Plague in India, 1896, 1897 - Volume 1
Year: 1896
Disease focus: Plague
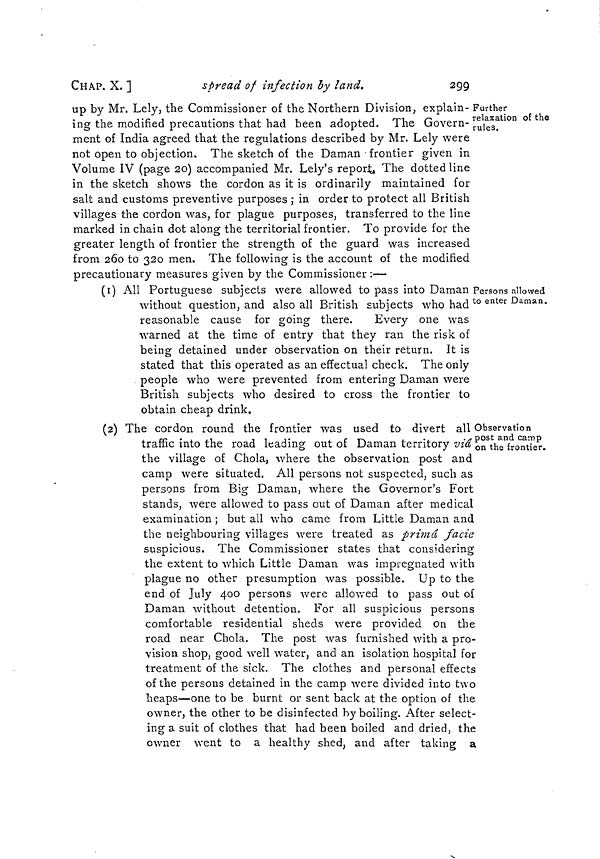
CHAP. X. ]
spread of infection by land.
299
Further
relaxation of the
rules.
up by Mr. Lely, the Commissioner of the Northern Division, explain-
ing the modified precautions that had been adopted. The Govern-
ment of India agreed that the regulations described by Mr. Lely were
not open to objection. The sketch of the Daman frontier given in
Volume IV (page 20) accompanied Mr. Lely's report. The dotted line
in the sketch shows the cordon as it is ordinarily maintained for
salt and customs preventive purposes ; in order to protect all British
villages the cordon was, for plague purposes, transferred to the line
marked in chain dot along the territorial frontier. To provide for the
greater length of frontier the strength of the guard was increased
from 260 to 320 men. The following is the account of the modified
precautionary measures given by the Commissioner :—
Persons allowed
to enter Daman.
(1) All Portuguese subjects were allowed to pass into Daman ]
without question, and also all British subjects who had
reasonable cause for going there.
Every one was
warned at the time of entry that they ran the risk of
being detained under observation on their return. It is
stated that this operated as an effectual check. The only
people who were prevented from entering Daman were
British subjects who desired to cross the frontier to
obtain cheap drink.
Observation
post and camp
on the frontier.
(2) The cordon round the frontier was used to divert all
traffic into the road leading out of Daman territory viâ
the village of Chola, where the observation post and
camp were situated. All persons not suspected, such as
persons from Big Daman, where the Governor's Fort
stands, were allowed to pass out of Daman after medical
examination ; but all who came from Little Daman and
the neighbouring villages were treated as primâ facie
suspicious. The Commissioner states that considering
the extent to which Little Daman was impregnated with
plague no other presumption was possible. Up to the
end of July 400 persons were allowed to pass out of
Daman without detention. For all suspicious persons
comfortable residential sheds were provided on the
road near Chola. The post was furnished with a pro-
vision shop, good well water, and an isolation hospital for
treatment of the sick. The clothes and personal effects
of the persons detained in the camp were divided into two
heaps—one to be burnt or sent back at the option of the
owner, the other to be disinfected by boiling. After select-
ing a suit of clothes that had been boiled and dried, the
owner went to a healthy shed, and after taking a